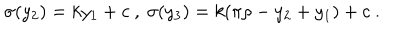
\sigma ( y _ { 2 } ) = k y _ { 1 } + c ~ , ~ \sigma ( y _ { 3 } ) = k ( \pi \rho - y _ { 2 } + y _ { 1 } ) + c ~ . ~ \,